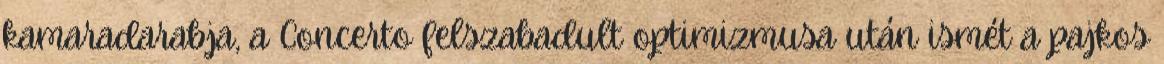
kamaradarabja, a Concerto felszabadult optimizmusa után ismét a pajkos